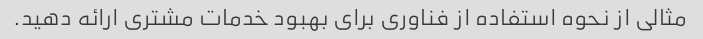
مثالی از نحوه استفاده از فناوری برای بهبود خدمات مشتری ارائه دهید.